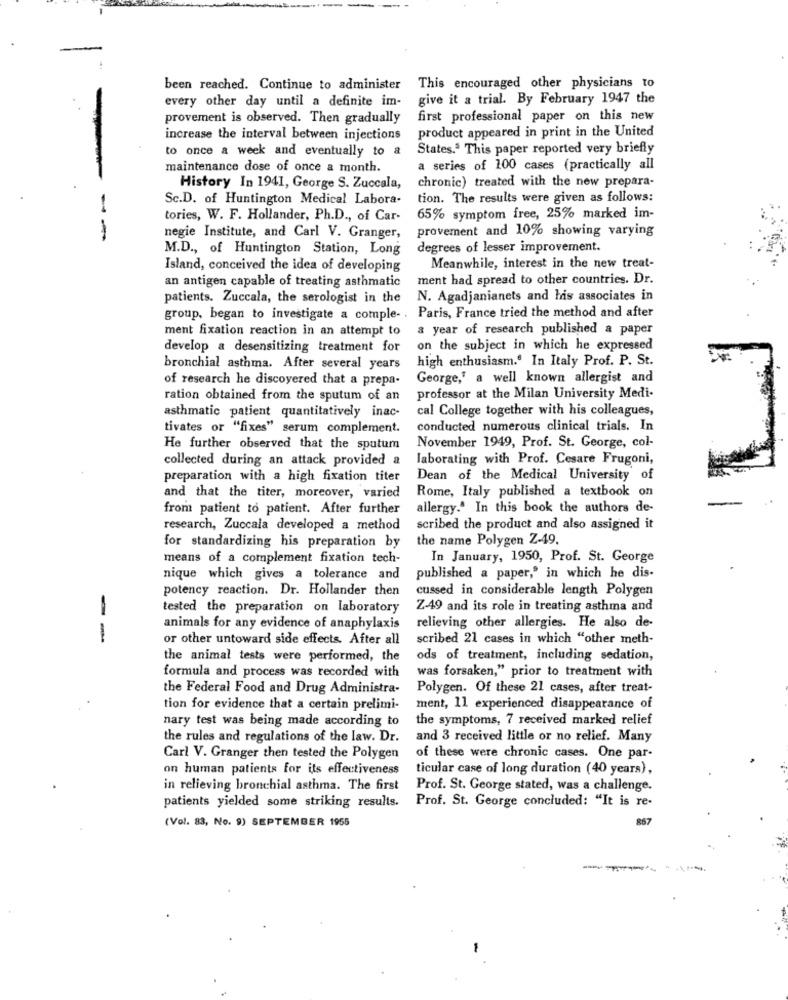
been reached. Continue to administer
This encouraged other physicians to
every other day until a definite im-
give it a trial. By February 1947 the
provement is observed. Then gradually
first professional paper on this new
product appeared in print in the United
increase the interval between injections
to once a week and eventually to a
States. This paper reported very briefly
maintenance dose of once a month.
a series of 100 cases (practically all
History In 1941, George S. Zuccala,
chronic) treated with the new prepara-
Sc.D. of Huntington Medical Labora-
tion. The results were given as follows:
tories, W. F. Hollander, Ph.D ., of Car-
65% symptom free, 25% marked im-
provement and 10% showing varying
--
negie Institute, and Carl V. Granger,
M.D ., of Huntington Station, Long
degrees of lesser improvement.
Island, conceived the idea of developing
Meanwhile, interest in the new treat-
an antigen capable of treating asthmatic
ment had spread to other countries. Dr.
patients. Zuccala, the serologist in the
N. Agadjanianets and his associates in
group, began to investigate a comple- . Paris, France tried the method and after
ment fixation reaction in an attempt to
a year of research published a paper
develop a desensitizing treatment for
on the subject in which he expressed
high enthusiasm. In Italy Prof. P. St.
bronchial asthma. After several years
of research he discovered that a prepa-
George,' a well known allergist and
ration obtained from the sputum of an
professor at the Milan University Medi-
asthmatic patient quantitatively inac-
cal College together with his colleagues,
tivates or "fixes" serum complement.
conducted numerous clinical trials. In
He further observed that the sputum
November 1949, Prof. St. George, col-
collected during an attack provided a
laborating with Prof. Cesare Frugoni,
preparation with a high fixation titer
Dean of the Medical University of
Rome, Italy published a textbook on
and that the titer, moreover, varied
from patient to patient. After further
allergy." In this book the authors de-
research, Zuccala developed a method
scribed the product and also assigned it
for standardizing his preparation by
the name Polygen Z-49.
means of a complement fixation tech-
In January, 1950, Prof. St. George
nique which gives a tolerance and
published a paper," in which he dis-
potency reaction. Dr. Hollander then
cussed in considerable length Polygen
tested the preparation on laboratory
Z-49 and its role in treating asthma and
animals for any evidence of anaphylaxis
relieving other allergies. He also de-
--
or other untoward side effects. After all
scribed 21 cases in which "other meth-
the animal tests were performed, the
ods of treatment, including sedation,
was forsaken," prior to treatment with
formula and process was recorded with
the Federal Food and Drug Administra-
Polygen. Of these 21 cases, after treat-
tion for evidence that a certain prelimi-
ment, 11 experienced disappearance of
nary test was being made according to
the symptoms, 7 received marked relief
the rules and regulations of the law. Dr.
and 3 received little or no relief. Many
Carl V. Granger then tested the Polygen
of these were chronic cases. One par-
on human patients for its effectiveness
ticular case of long duration (40 years),
in relieving bronchial asthma. The first
Prof. St. George stated, was a challenge.
Prof. St. George concluded: "It is re-
patients yielded some striking results.
(Vol. 83, No. 9) SEPTEMBER 1955
867